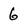
Character: 6